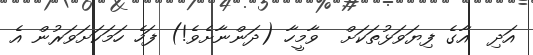
އަދި  އާގެ ފިޔަވަޅުތަކަށް  ވާމީހާ (ދަންނާށެވެ!) ފަހެ ހަމަކަށަވަރުން އެ